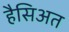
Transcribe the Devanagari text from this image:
हैसिअत